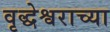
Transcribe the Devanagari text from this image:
वृद्धेश्वराच्या